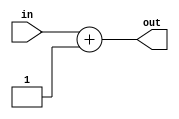
module increase#(parameter DATA_SIZE = 8)
                (input [DATA_SIZE-1:0] in, output [DATA_SIZE-1:0] out);
    reg [DATA_SIZE-1:0] outReg;
    
    assign out = outReg;
    
    always @* begin
        outReg = in+1;
    end
endmodule